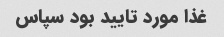
غذا مورد تایید بود سپاس